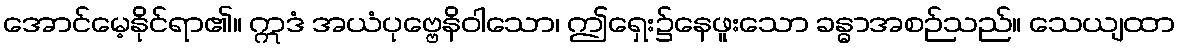
အောင်မေ့နိုင်ရာ၏။ ဣဒံ အယံပုဗ္ဗေနိဝါသော၊ ဤရှေး၌နေဖူးသော ခန္ဓာအစဉ်သည်။ သေယျထာ